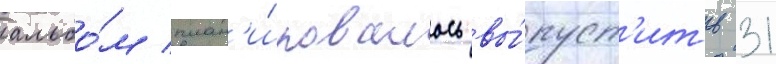
альбо́м план'и́ровалось вы́пуст'ить 31